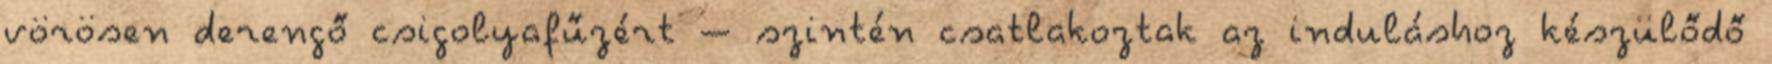
vörösen derengő csigolyafűzért – szintén csatlakoztak az induláshoz készülődő